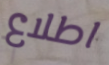
اطلاع